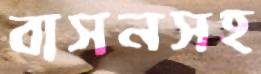
বাসনসহ